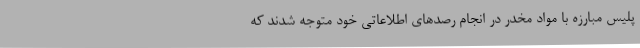
پلیس مبارزه با مواد مخدر در انجام رصدهای اطلاعاتی خود متوجه شدند که